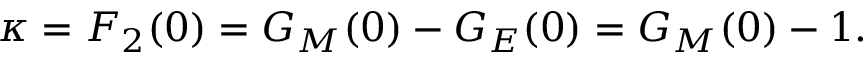
\kappa = F _ { 2 } ( 0 ) = G _ { M } ( 0 ) - G _ { E } ( 0 ) = G _ { M } ( 0 ) - 1 .